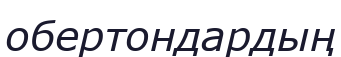
обертондардың